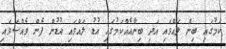
ކަމުގައި ބިން ލައްވައި އަދި ބިނާއެއްކަމުގައި އުޑު ލައްވައި އުޑުން ފެން ވެއްސަވައި